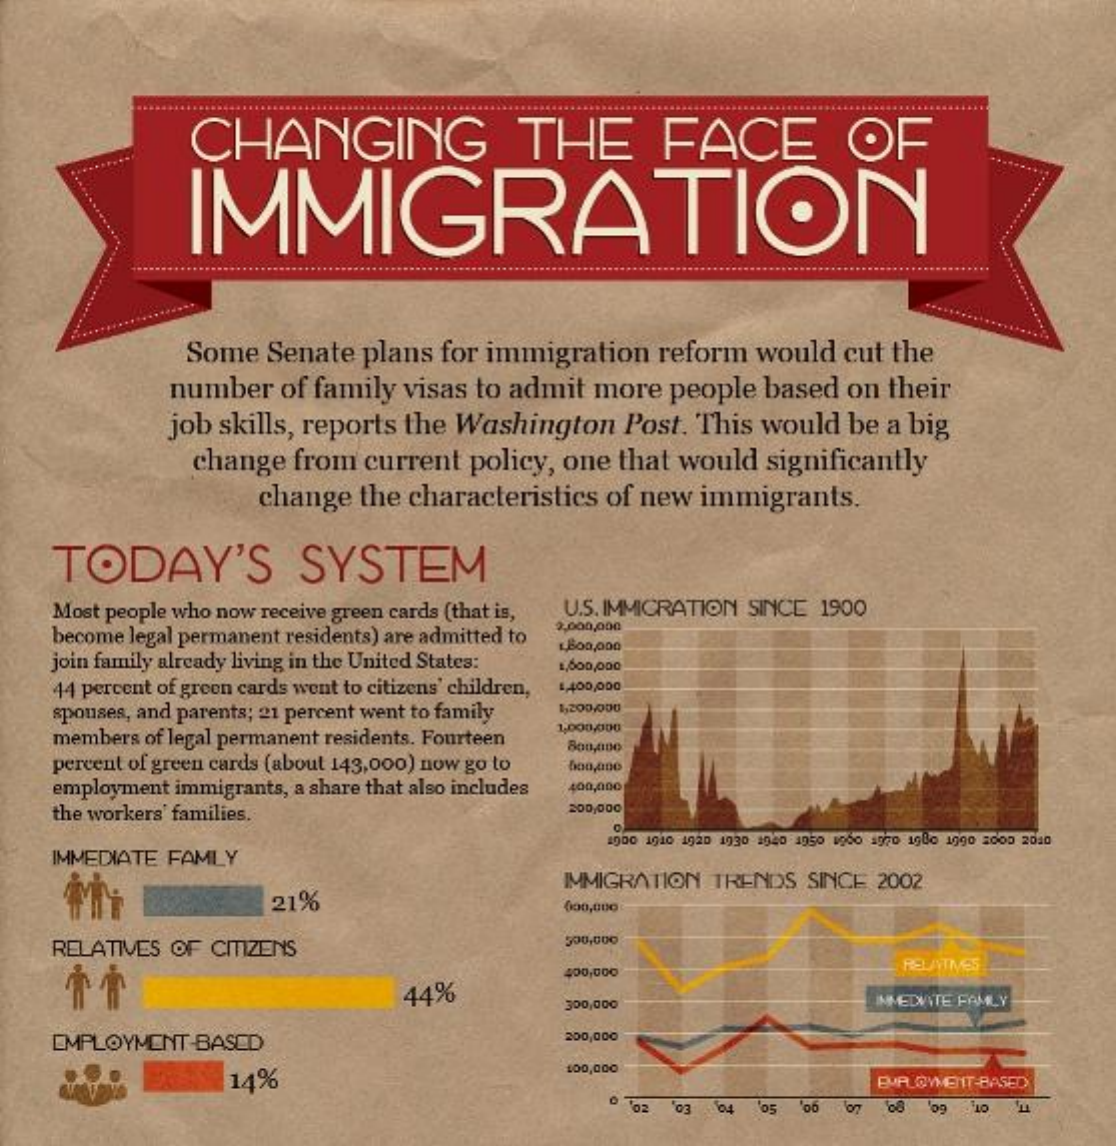
CHANGING    THE    FACE    OF
     IMMIGRATION
     .......................   ........................................
     Some  Senate  plans for immigration   reform would  cut the
     number  of family visas to admit more  people  based  on their
     job skills, reports the Washington  Post. This would  be a big
     change from  current  policy, one that would significantly
     change  the characteristics of new immigrants.
     TODAY'S    SYSTEM
     Most people who now receive green cards (that is, U.S. IMMIGRATION SINCE 1900
     become legal permanent residents) are admitted to
     2,000,000
    join family already living in the United States:
     1800,000
     1,000,000
     44 percent of green cards went to citizens' children, 1,400,000
     spouses, and parents; 21 percent went to family 1,200,000
     members of legal permanent residents. Fourteen
     1,000,000
     percent of green cards (about 143,000) now go to
     800,000
     employment immigrants, a share that also includes 400,000
     the workers' families.    200,000
    IMMEDIATE FAMLY
     1000 1010 1920 1030 1940 1050 1960 1970 1980 1090 2000 2010
     21%
     IMMIGRATION TRENDS SINCE 2002
     000,000
    RELATIVES OF CITIZENS    500,000
     400,000    RELATIVES
     44%
     300,000    INMEDVITE FAMLY
     EMPLOYMENT-BASED    200,000
     14%
     100,000
     EMPLOYMENT-BASED
     02 "03    05 06